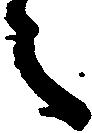
之